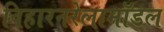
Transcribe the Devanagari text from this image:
विहारनरेलामॉडल